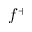
f ^ { + }